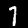
Label: 1